Indian journal of veterinary science and animal husbandry - Volume 8,
Year: 1938
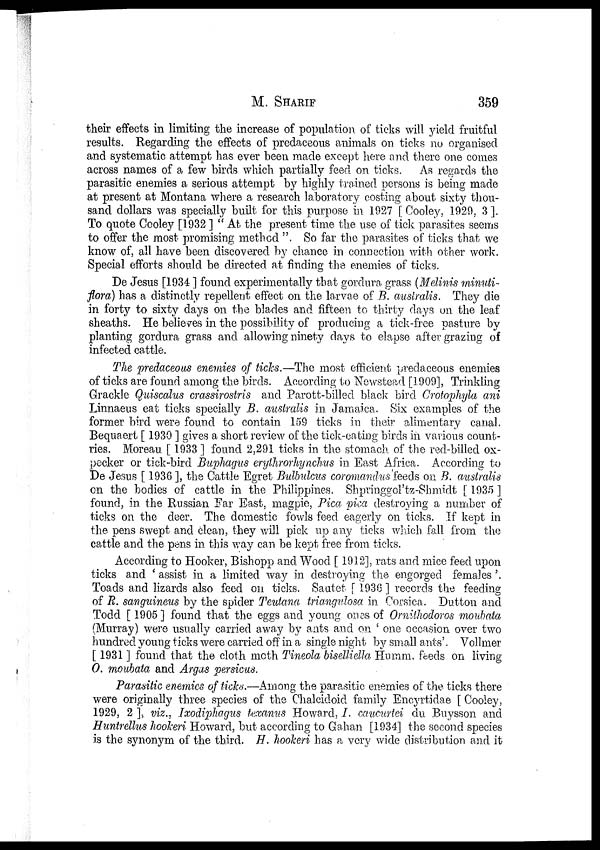
M.
SHARIF
359
their effects in limiting the increase of population of ticks will yield fruitful
results. Regarding the effects of predaceous animals on ticks no organised
and systematic attempt has ever been made except here and there one comes
across names of a few birds which partially feed on ticks. As regards the
parasitic enemies a serious attempt by highly trained persons is being made
at present at Montana where a research laboratory costing about sixty thou-
sand dollars was specially built for this purpose in 1927 [Cooley, 1929, 3].
To quote Cooley [1932 ] " At the present time the use of tick parasites seems
to offer the most promising method ". So far the parasites of ticks that we
know of, all have been discovered by chance in connection with other work.
Special efforts should be directed at finding the enemies of ticks.
De Jesus [1934 ] found experimentally that gordura grass (Melinis minuti¬
flora) has a distinctly repellent effect on the larvae of B. australis. They die
in forty to sixty days on the blades and. fifteen to thirty days on the leaf
sheaths. He believes in the possibility of producing a tick-free pasture by
planting gordura grass and allowing ninety days to elapse after grazing of
infected cattle.
The predaceous enemies of ticks.—The most efficient predaceous enemies
of ticks are found among the birds. According to Newstead [1909], Trinkling
Grackle Quiscalus crassirostris and Parott-billed black bird Crotophyla ani
Linnaeus eat ticks specially B. australis in Jamaica. Six examples of the
former bird were found to contain 159 ticks in their alimentary canal.
Bequaert [ 1930 ] gives a short review of the tick-eating birds in various count-
ries. Moreau [ 1933 ] found 2,291 ticks in the stomach of the red-billed ox-
pecker or tick-bird Buphagus erythrorhynchus in East Africa. According to
De Jesus [ 1936 ], the Cattle Egret Bulbulcus coromandus feeds on B. australis
on the bodies of cattle in the Philippines. Shpringgol'tz-Shmidt [ 1935 ]
found, in the Russian Far East, magpie, Pica pica destroying a number of
ticks on the deer. The domestic fowls feed eagerly on ticks. If kept in
the pens swept and clean, they will pick up any ticks which fall from the
cattle and the pens in this way can be kept free from ticks.
According to Hooker, Bishopp and Wood [1912], rats and mice feed upon
ticks and ' assist in a limited way in destroying the engorged females '.
Toads and lizards also feed on ticks. Sautet [ 1936 ] records the feeding
of R. sanguineus by the spider Teutana triangulosa in Corsica. Dutton and
Todd [ 1905 ] found that the eggs and young ones of Ornithodoros moubata
(Murray) were usually carried away by ants and on ' one occasion over two
hundred young ticks were carried off in a single night by small ants'. Vollmer
[ 1931 ] found that the cloth moth Tineola biselliella Humm. feeds on living
O. moubata and Argas persicus.
Parasitic enemies of ticks.—Among the parasitic enemies of the ticks there
were originally three species of the Chalcidoid family Encyrtidae [ Cooley,
1929, 2 ], viz., Ixodiphagus texanus Howard, I. caucurtei du Buysson and
Huntrellus hookeri Howard, but according to Gahan [1934] the second species
is the synonym of the third. H. hookeri has a very wide distribution and it